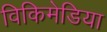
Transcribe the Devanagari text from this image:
विकिमेडिया